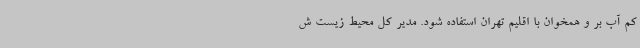
کم آب بر و همخوان با اقلیم تهران استفاده شود. مدیر کل محیط زیست ش